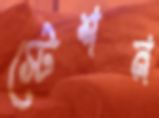
স্টেশন